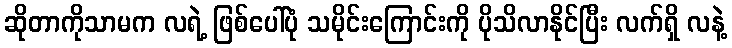
ဆိုတာကိုသာမက လရဲ့ ဖြစ်ပေါ်ပုံ သမိုင်းကြောင်းကို ပိုသိလာနိုင်ပြီး လက်ရှိ လနဲ့